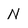
Character: N